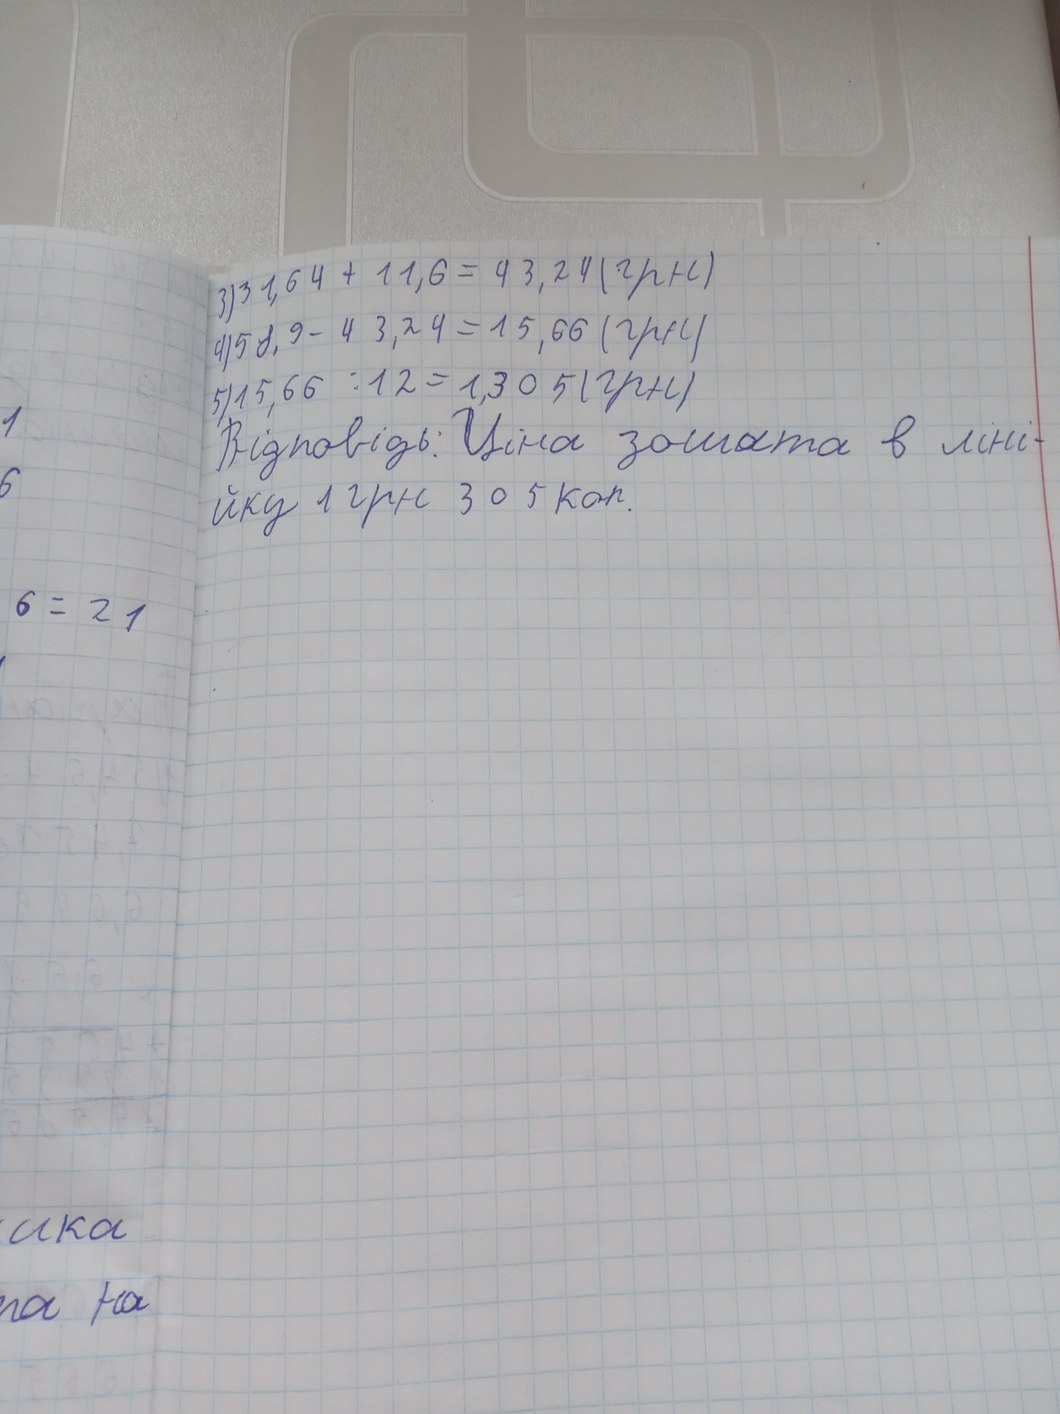
3) 31,64 + 11,6 = 43,24 (грн)
4) 58,9 - 43,24 = 15,66 (грн)
5) 15,66 : 12 = 1,305 (грн)
1
Відповідь: Ціна зошата в ліні-
6
йку 1 грн 305 коп.
6 = 21